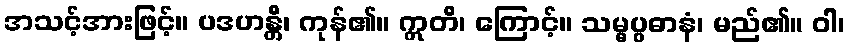
အသင့်အားဖြင့်။ ပဒဟန္တိ၊ ကုန်၏။ ဣတိ၊ ကြောင့်။ သမ္မပ္ပဓာနံ၊ မည်၏။ ဝါ၊